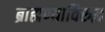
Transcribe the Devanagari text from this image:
ब्राह्मण्याविरुद्ध